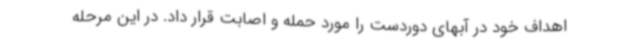
اهداف خود در آبهای دوردست را مورد حمله و اصابت قرار داد. در این مرحله